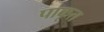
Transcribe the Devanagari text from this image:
पाकृत